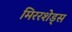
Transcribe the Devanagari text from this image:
मिररशेड्स